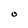
Character: O